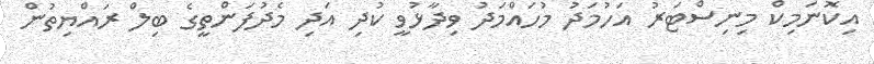
އިކޮނަމިކް މިނިސްޓަރު އަހުމަދު މުހައްމަދު ވިދާޅުވީ ކުދި އަދި މެދުފަންތީގެ ބިލް ރައްޔިތުން